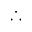
\therefore